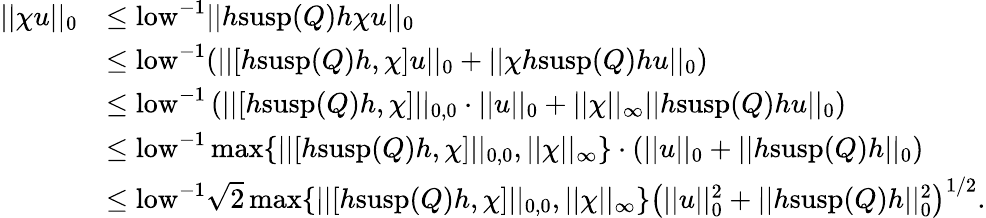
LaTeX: \begin{array}{rl}{||\chi u||_{0}}&{\leq\mathrm{low}^{-1}||h\mathrm{susp}(Q)h\chi u||_{0}}\\ &{\leq\mathrm{low}^{-1}(||[h\mathrm{susp}(Q)h,\chi]u||_{0}+||\chi h\mathrm{susp}(Q)hu||_{0})}\\ &{\leq\mathrm{low}^{-1}\left(||[h\mathrm{susp}(Q)h,\chi]||_{0,0}\cdot||u||_{0}+||\chi||_{\infty}||h\mathrm{susp}(Q)hu||_{0}\right)}\\ &{\leq\mathrm{low}^{-1}\operatorname*{max}\{ ||[h\mathrm{susp}(Q)h,\chi]||_{0,0},||\chi||_{\infty}\} \cdot\left(||u||_{0}+||h\mathrm{susp}(Q)h||_{0}\right)}\\ &{\leq\mathrm{low}^{-1}\sqrt{2}\operatorname*{max}\{ ||[h\mathrm{susp}(Q)h,\chi]||_{0,0},||\chi||_{\infty}\} \left(||u||_{0}^{2}+||h\mathrm{susp}(Q)h||_{0}^{2}\right)^{1/2}.}\end{array}